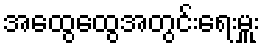
အထွေထွေအတွင်းရေးမှူး